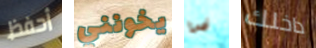
أحفظ يخونني فى داخلك